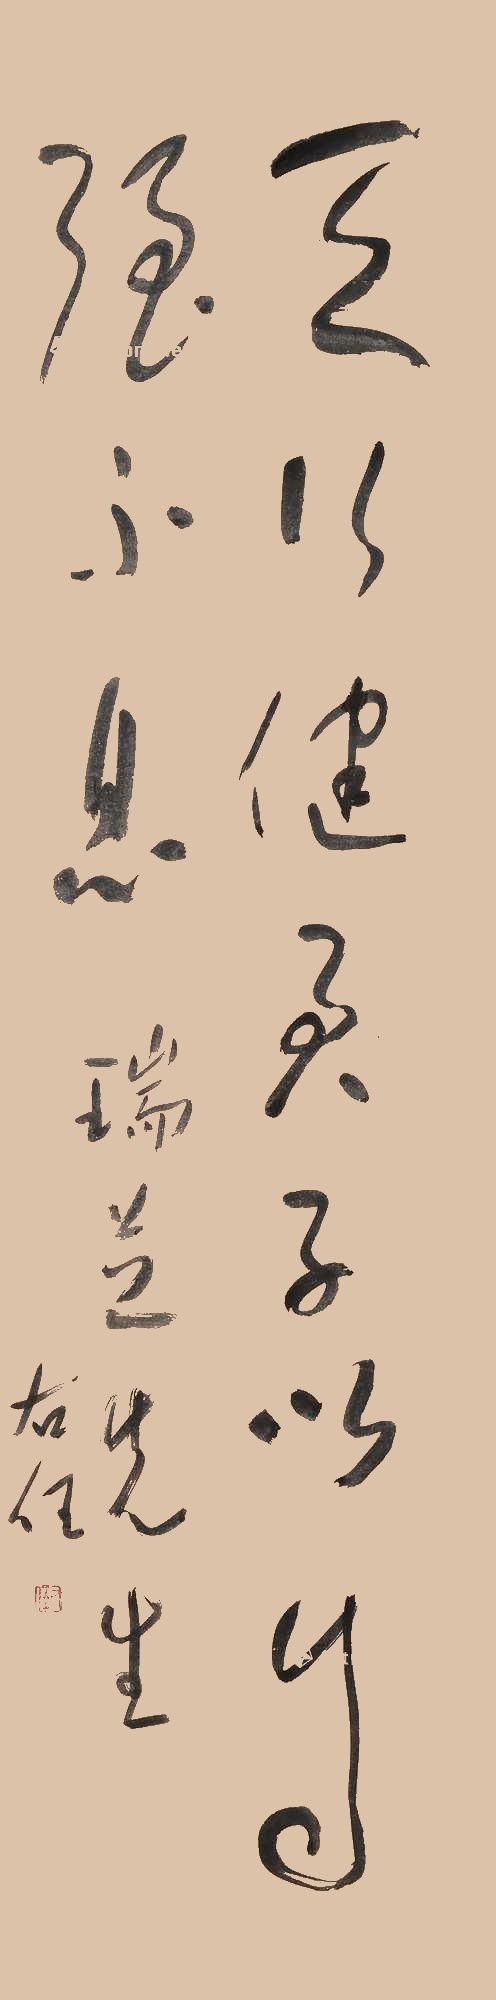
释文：天行健，君子以自强不息。瑞芝先生，右任。